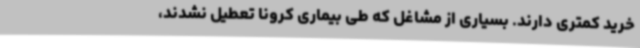
خرید کمتری دارند. بسیاری از مشاغل که طی بیماری کرونا تعطیل نشدند،